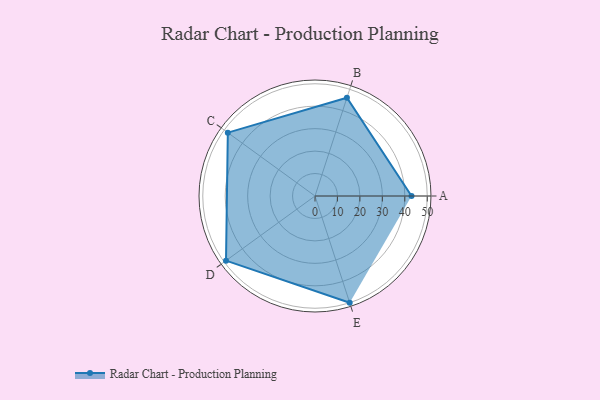
{"axis": {"x": "Skill", "y": "Score"}, "legend": ["Profile"], "data": [{"x": "A", "y": 43.0, "type": "Profile"}, {"x": "B", "y": 46.0, "type": "Profile"}, {"x": "C", "y": 48.0, "type": "Profile"}, {"x": "D", "y": 49.0, "type": "Profile"}, {"x": "E", "y": 50.0, "type": "Profile"}]}